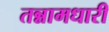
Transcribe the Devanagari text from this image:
तन्नामधारी